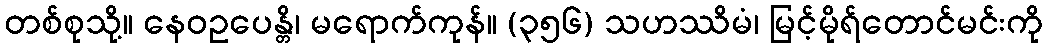
တစ်စုသို့။ နေဝဥပေန္တိ၊ မရောက်ကုန်။ (၃၅၆) သဟဿိမံ၊ မြင့်မိုရ်တောင်မင်းကို